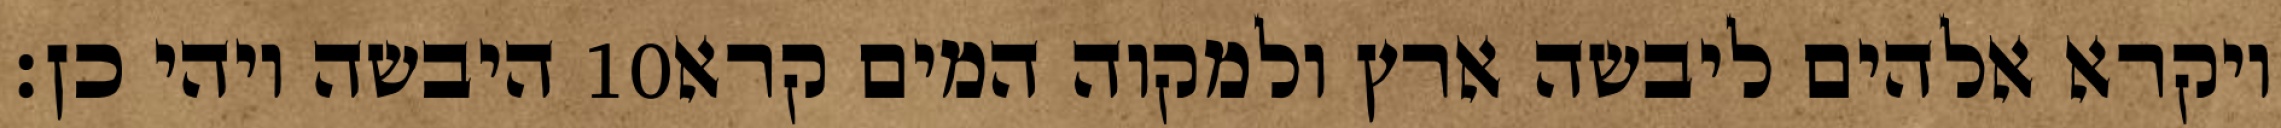
היבשה ויהי כן׃ ‎10‏ ויקרא אלהים ליבשה ארץ ולמקוה המים קרא